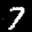
Label: 7